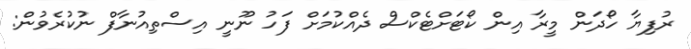
ރުފިޔާ ހޯދަން މީރާ އިން ކޯޓަށްޓެކްސް ދެއްކުމަށް ފަހު ނޫނީ އިސްތިއުނާފް ނުކުރެވުން: